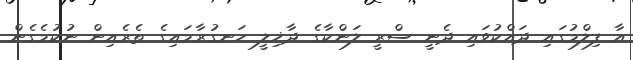
އާ ފިލްމުގައި ދައްކުވައި ދެނީ ސްރީ ލަންކާގެ ދާޚިލީ ހަނގުރާމައިގެ ތެރެއިން ނުކުމެގެން